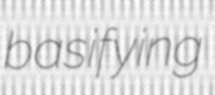
basifying